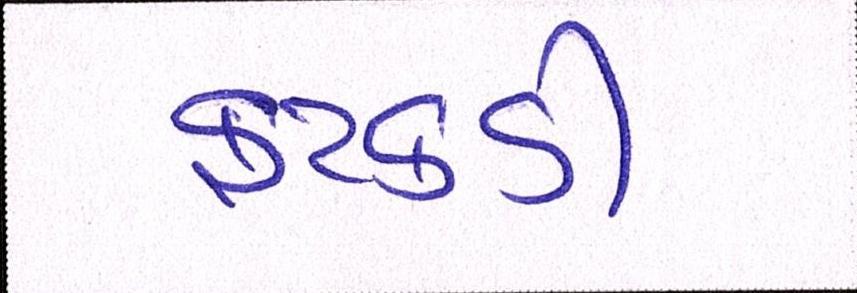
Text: ફટકડી